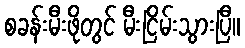
စခန်းမီးဖိုတွင် မီးငြိမ်းသွားပြီ။